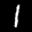
Label: 1